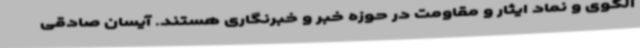
الگوی و نماد ایثار و مقاومت در حوزه خبر و خبرنگاری هستند. آیسان صادقی